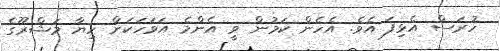
ހުރަސް އެޅިފަ އެވެ. އެހެން ކަމުން ވީ އެންމެ އަވަހަކަށް ހިޔާ މަޝްރޫގެ